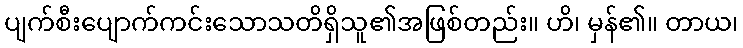
ပျက်စီးပျောက်ကင်းသောသတိရှိသူ၏အဖြစ်တည်း။ ဟိ၊ မှန်၏။ တာယ၊